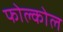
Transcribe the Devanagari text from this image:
फोल्कोल